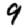
Digit: 9